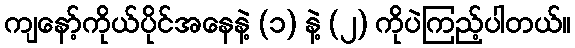
ကျနော့်ကိုယ်ပိုင်အနေနဲ့ (၁) နဲ့ (၂) ကိုပဲကြည့်ပါတယ်။